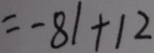
= - 8 1 + 1 2